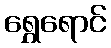
ရွှေရောင်